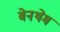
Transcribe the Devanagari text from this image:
बेनथेम